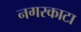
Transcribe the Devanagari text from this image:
नगरकाटा